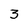
Character: 3